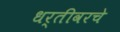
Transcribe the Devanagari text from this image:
धर्तीवरचे